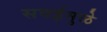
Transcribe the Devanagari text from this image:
सवईमुळे